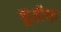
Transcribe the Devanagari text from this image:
चूडीक